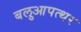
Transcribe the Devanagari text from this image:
बलुआपत्थर